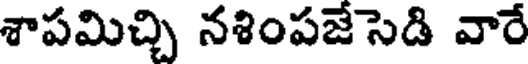
శాపమిచ్చి నశింపజేసెడి వారే